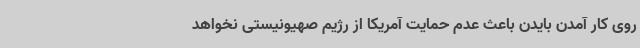
روی کار آمدن بایدن باعث عدم حمایت آمریکا از رژیم صهیونیستی نخواهد